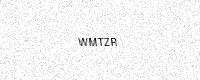
Text: WMTZR